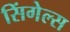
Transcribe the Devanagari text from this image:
सिंगेल्स